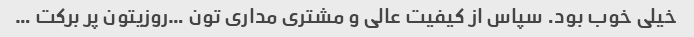
خیلی خوب بود. سپاس از کیفیت‌ عالی و مشتری مداری تون …روزیتون پر برکت …